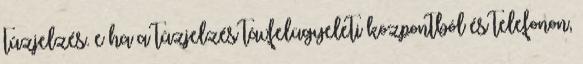
tûzjelzés. e ha a tûzjelzés távfelügyeleti központból és telefonon,